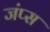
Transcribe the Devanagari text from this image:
जंप्स